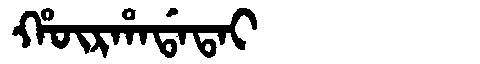
Manchu: ᡥᡡᡵᡥᠠᡩᠠᡨᠠᡳ
Romanization: HŪRHADATAI